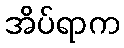
အိပ်ရာက